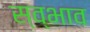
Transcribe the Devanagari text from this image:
स्व्भाव